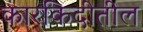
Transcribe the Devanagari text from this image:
कारकिदीतील